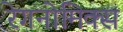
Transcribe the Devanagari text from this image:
रेगनोमिक्स